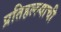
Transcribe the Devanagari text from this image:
प्रतिहल्ल्याची